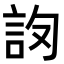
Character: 𧦛